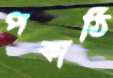
পকাঠি